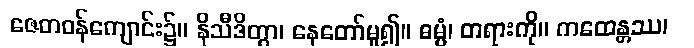
ဇေတဝန်ကျောင်း၌။ နိသီဒိတွာ၊ နေတော်မူ၍။ ဓမ္မံ၊ တရားကို။ ကထေန္တဿ၊